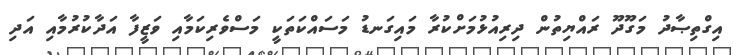
އިގްތިޞާދު މަގޫދޫ ރައްޔިތުން ދިރިއުޅުމަށްކުރާ މައިގަނޑު މަސައްކަތަކީ މަސްވެރިކަމާއި ވަޒީފާ އަދާކުރުމާއި އަދި